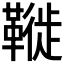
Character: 𩌦